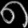
Digit: ၈